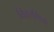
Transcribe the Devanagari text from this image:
विवरणिक